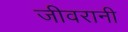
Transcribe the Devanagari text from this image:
जीवरानी